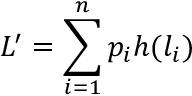
L ^ { \prime } = \sum _ { i = 1 } ^ { n } p _ { i } h ( l _ { i } )